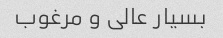
بسیار عالی و مرغوب